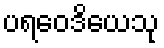
ပရဝေဒိယေသု